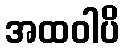
အထဝါပိ